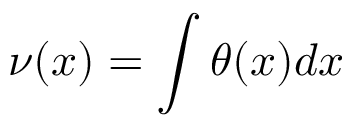
\nu ( x ) = \int \theta ( x ) d x